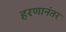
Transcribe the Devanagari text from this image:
हरणानंतर